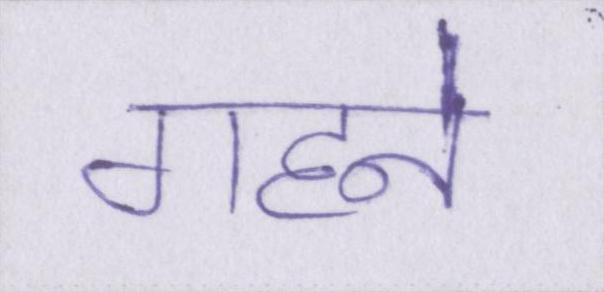
गहने